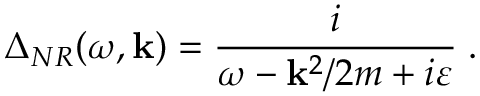
\Delta _ { N R } ( \omega , { \bf k } ) = \frac i { \omega - { \bf k } ^ { 2 } / 2 m + i \varepsilon } \; .